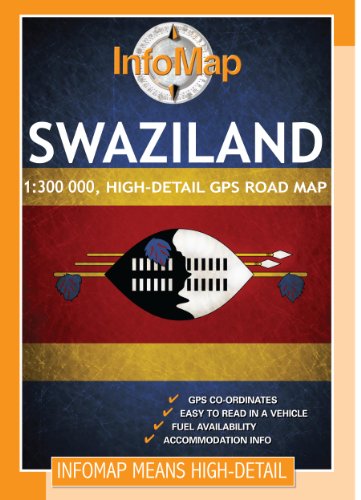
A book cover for Swaziland; Travel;